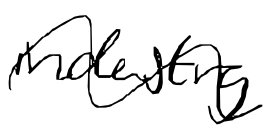
Text: industry
Cross-out: wave
Writing tool: digital_black